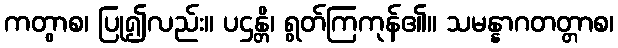
ကတွာစ၊ ပြု၍လည်း။ ပဌန္တိ၊ ရွတ်ကြကုန်၏။ သမန္နာဂတတ္တာစ၊